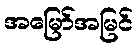
အမြော်အမြင်